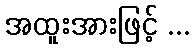
အထူးအားဖြင့် ...